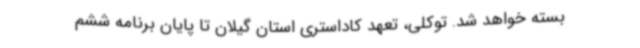
بسته خواهد شد. توکلی، تعهد کاداستری استان گیلان تا پایان برنامه ششم